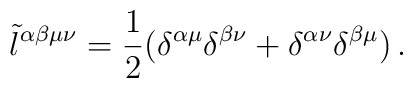
\tilde{l}^{\alpha\beta\mu\nu}=\frac{1}{2}\big(   \delta ^{\alpha\mu} \delta^{\beta\nu} +\delta^{\alpha\nu} \delta^{\beta\mu}\big)\, .